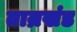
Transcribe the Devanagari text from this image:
ताम्रखंड